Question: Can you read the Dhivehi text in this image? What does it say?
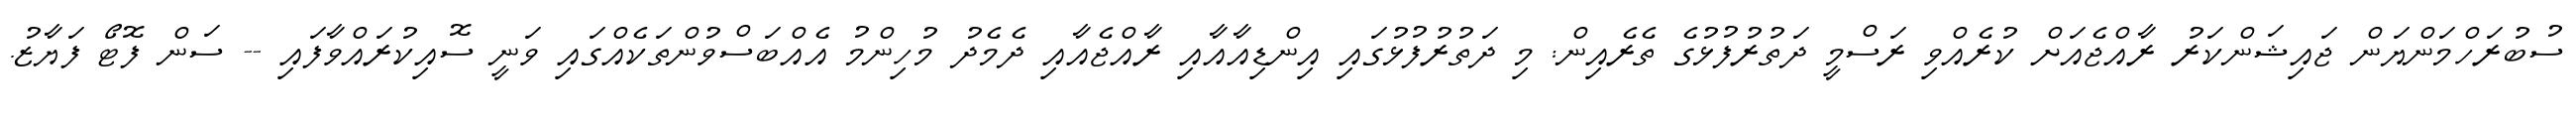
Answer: ސުބުރަހްމަންޔަން ޖައިޝަންކަރު ރާއްޖެއަށް ކުރެއްވި ރަސްމީ ދަތުރުފުޅުގެ ތެރެއިން: މި ދަތުރުފުޅުގައި އިންޑިއާއާއި ރާއްޖެއާއި ދެމެދު މުހިންމު އެއްބަސްވުންތަކެއްގައި ވަނީ ސޮއިކުރައްވާފައި -- ސަން ފޮޓޯ ފަޔާޒު.